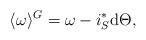
LaTeX: \begin{align*}\langle\omega\rangle^{G}=\omega-i^*_S\mathrm{d}\Theta,\end{align*}